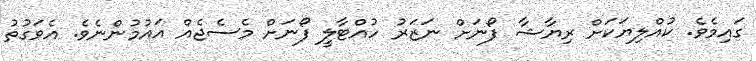
ގައިމެވެ. ކުއްލިޔަކަށް ރިޔާޝާ ފޯނަށް ނަޒަރު ހުއްޓާލީ ފޯނަށް މެސެޖެއް އައުމުންނެވެ. އެވަގުތު